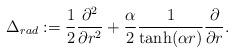
LaTeX: \begin{align*}\Delta_{rad} := \frac{1}{2}\frac{\partial^2}{\partial r^2}+\frac{\alpha}{2}\frac{1}{\tanh(\alpha r)}\frac{\partial}{\partial r}.\end{align*}